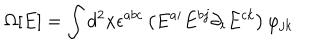
LaTeX: \Omega [ E ] = \int d ^ { 2 } x \epsilon ^ { a b c } \left( E ^ { a i } E ^ { b j } \partial _ { i } E ^ { c k } \right) \varphi _ { j k }